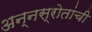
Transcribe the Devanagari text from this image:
अन्नस्रोतांची